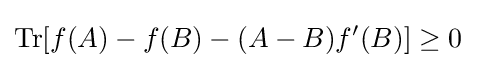
\operatorname {Tr} [f(A)-f(B)-(A-B)f'(B)]\geq 0~